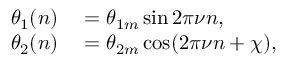
\begin{array} { r l } { \theta _ { 1 } ( n ) } & { { } = \theta _ { 1 m } \sin 2 \pi \nu n , } \\ { \theta _ { 2 } ( n ) } & { { } = \theta _ { 2 m } \cos ( 2 \pi \nu n + \chi ) , } \end{array}